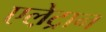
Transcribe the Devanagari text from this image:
एले़ट्रान